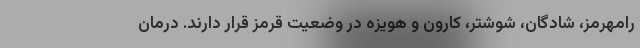
رامهرمز، شادگان، شوشتر، کارون و هویزه در وضعیت قرمز قرار دارند. درمان